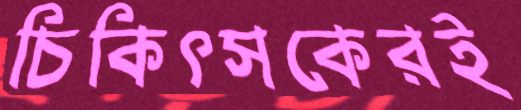
চিকিৎসকেরই